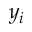
y _ { i }